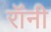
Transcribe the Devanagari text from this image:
रॉंनी